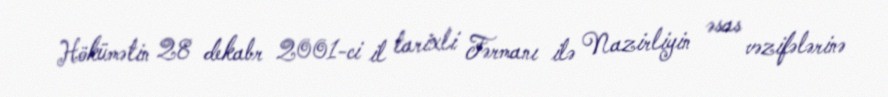
Hökümətin 28 dekabr 2001-ci il tarixli Fərmanı ilə Nazirliyin əsas vəzifələrinə